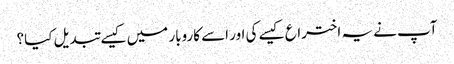
آپ نے یہ اختراع کیسے کی اور اسے کاروبار میں کیسے تبدیل کیا؟